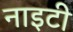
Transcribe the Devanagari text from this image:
नाइटी